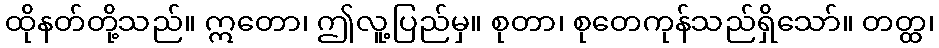
ထိုနတ်တို့သည်။ ဣတော၊ ဤလူ့ပြည်မှ။ စုတာ၊ စုတေကုန်သည်ရှိသော်။ တတ္ထ၊